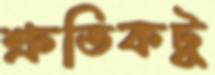
শ্রুতিকটু